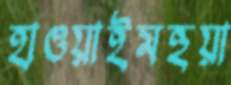
হাওয়াইমহুয়া